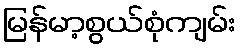
မြန်မာ့စွယ်စုံကျမ်း